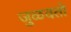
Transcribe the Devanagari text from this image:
जुळवतो